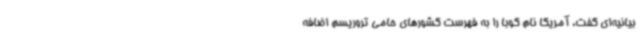
بیانیه‌ای گفت، آمریکا نام کوبا را به فهرست کشورهای حامی تروریسم اضافه